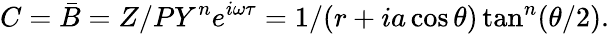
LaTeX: C=\bar{B}=Z/PY^{n}e^{i\omega\tau}=1/(r+ia\cos\theta)\tan^{n}(\theta/2).